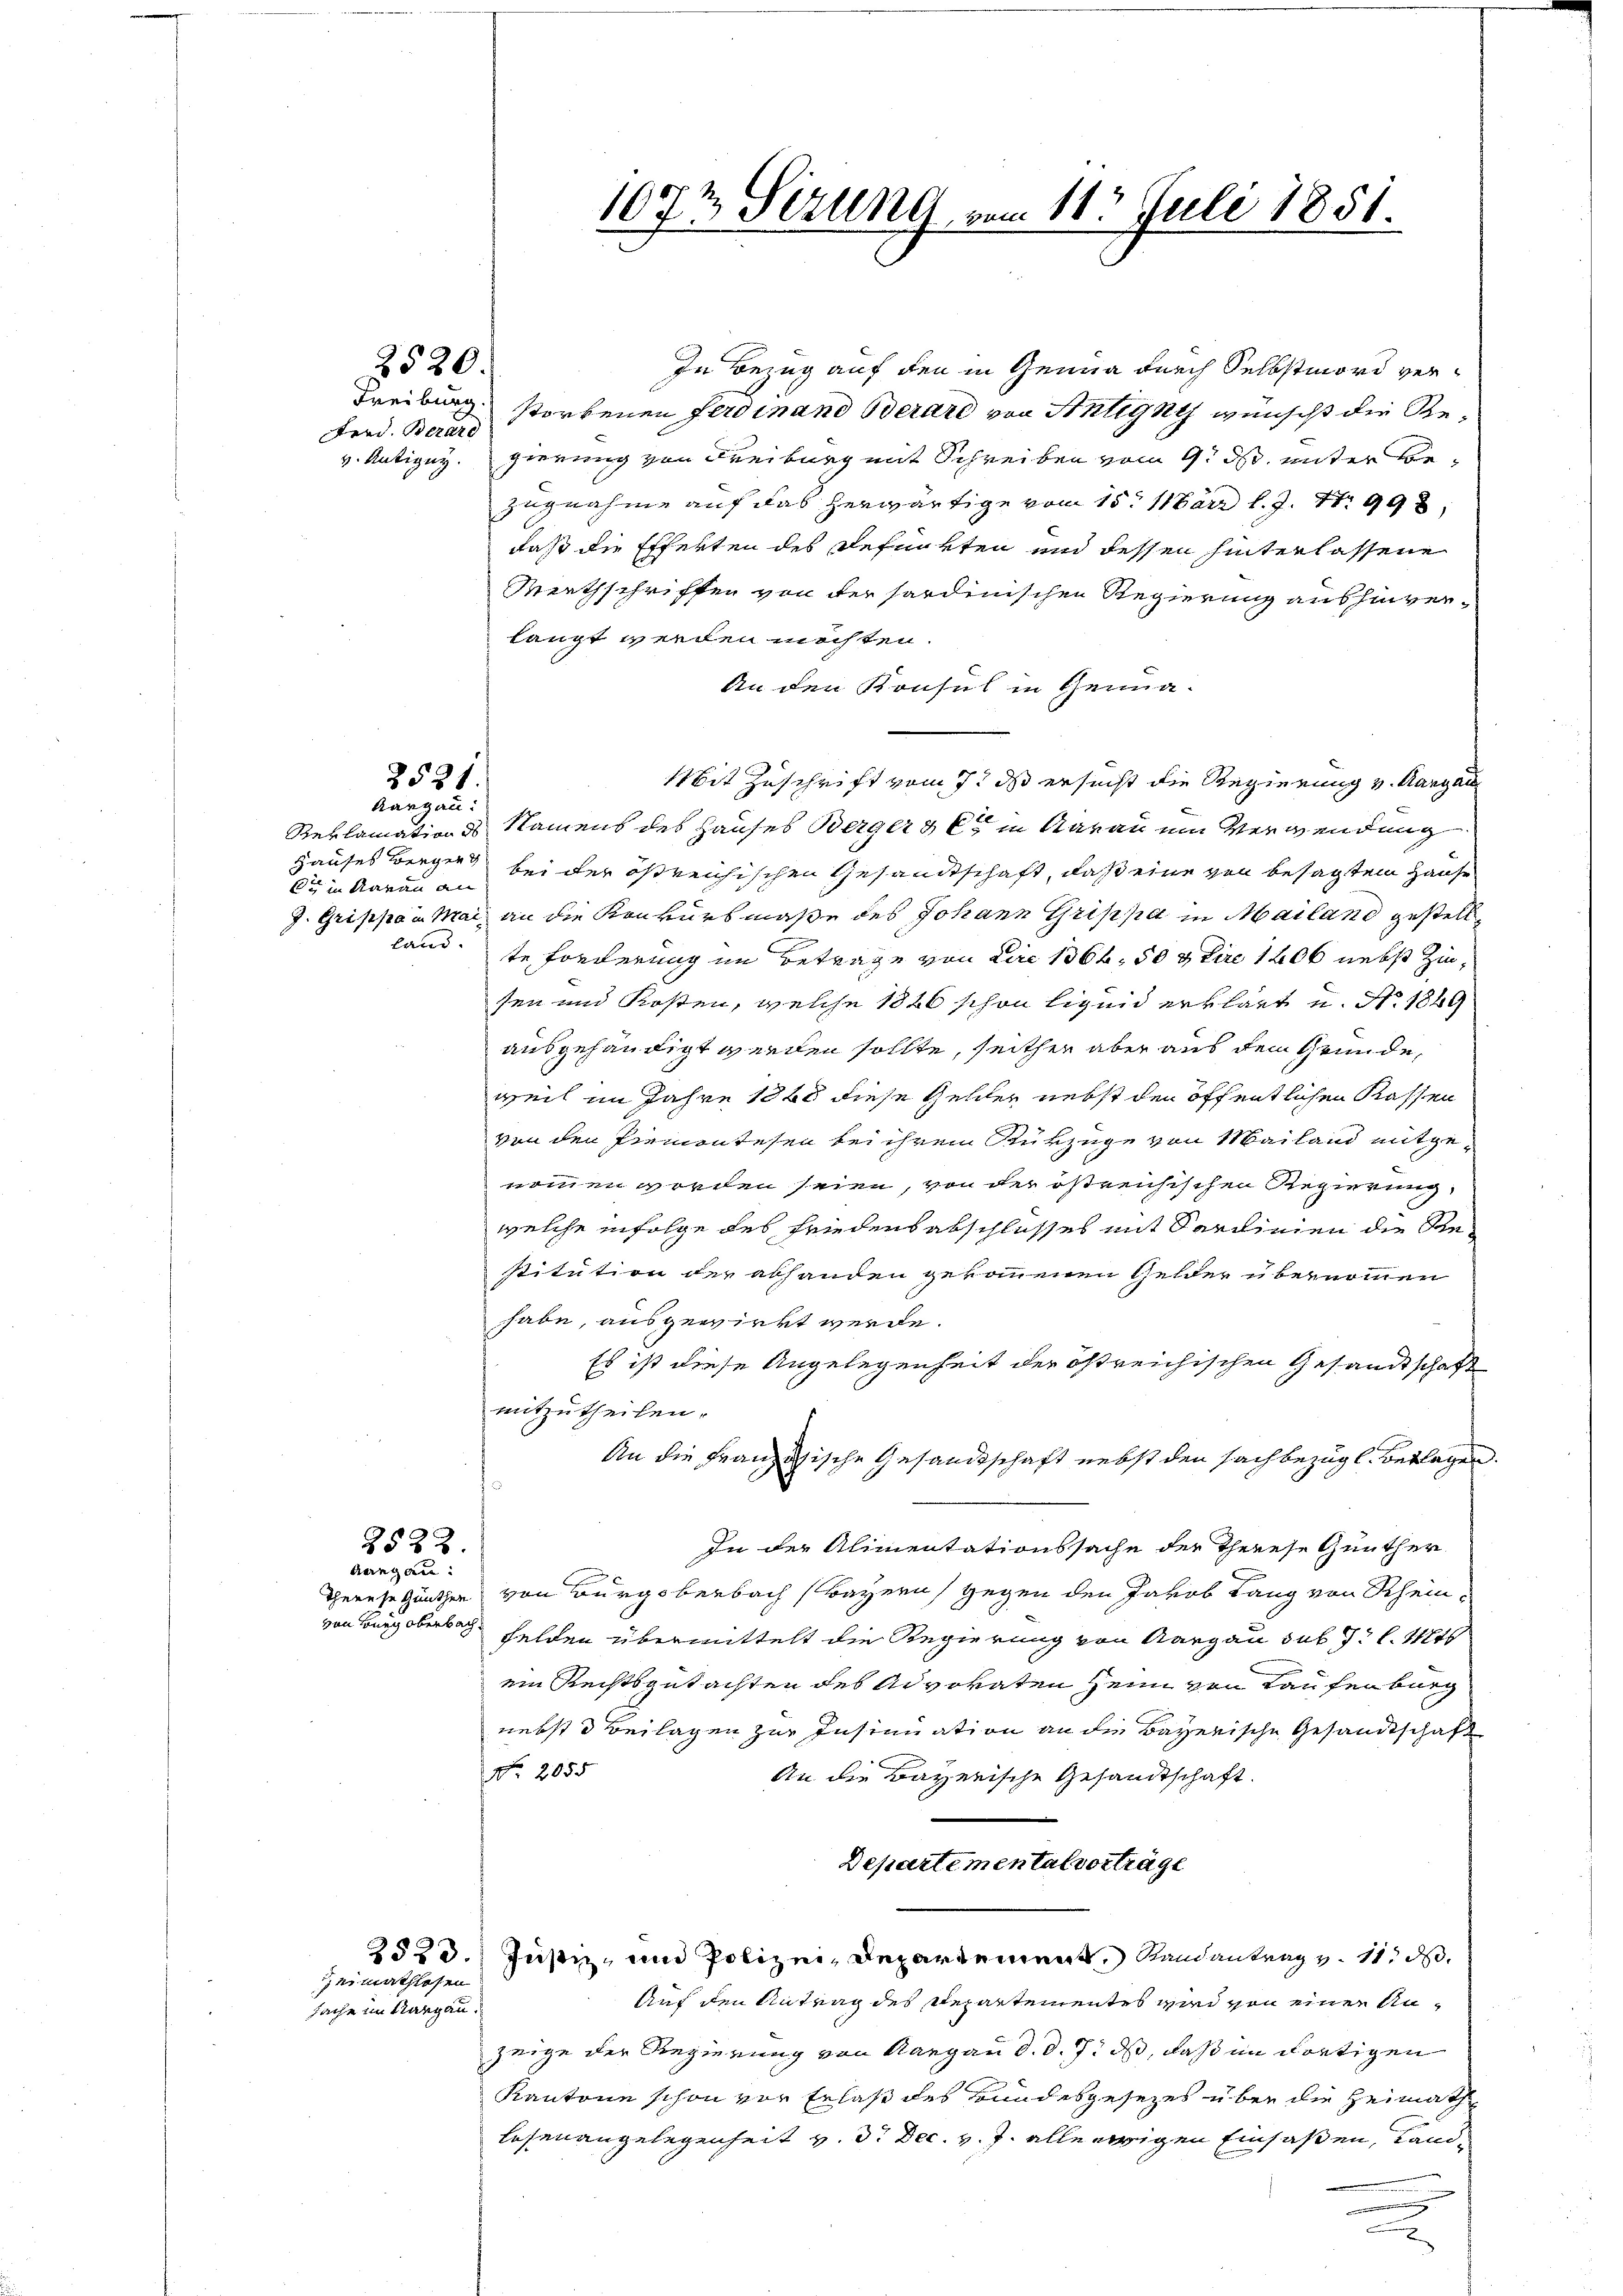
kt in daran an

Ferd. Berard

2522.
degan
von Burg Oberbach.

2520.

2521.
Rargau:

In Bezug auf den in Genua durch Selbstmord ver¬
Freiburg storbenen Ferdinand Berare von Antigny wünscht die Rev. Antigny. gierung von Freiburg mit Schreiben vom 9. ds. unter Bezugnahme auf das herwärtige vom 15. März l. J. St. 998,
daß die Effekten des Befunkten und dessen hinterlassene
Wirthschriffen von der sardinischen Regierung aushinver-
langt werden möchten.
An den Konsul in Genua-
Mit Zuschrift vom 7. ds ersucht die Regierung v. Aargau
Reklamation Namens des Hauses Berger & es in Aarau ein Verwendung
Hauses Berger bei der östreichischen Gesandtschaft, daß eine von besagtem Hause
J. Grippa. Mai an die Konkursmaße des Johann Grippe in Mailand gestelllandte Forderung im Betrage von die 1366, 50 & Lire 1806 nebst Zinsen und Kosten, welche 1846 schon liquid erklärt u. Nr. 1849
ausgehändigt werden sollte, seither aber aus dem Gründe,
weil im Jahre 1868 diese Gelder nebst den öffentlichen Kassen
von den Piemontesen bei ihrem Rükzuge von Mailand mitgenommen worden seien, von der östreichischen Regierung
welche infolge des Friedens abschlusses mit Sardinien die Restitution der abhanden gekommenen Gelder übernommen
habe, ausgewirkt werde.
Es ist diese Angelegenheit der östreichischen Gesandtschaft
mitzutheilen.
An die Französische Gesandtschaft nebst den sachbezug l. Beklagen.
In der Alimentationssache der Therese Günther
Therese Günthen von Burgoberbach Bayern gegen den Jakob Lang von Schein¬
Felden übermittelt die Regierung von Aargau sub 7 l. Mts
ein Rechtsgutachten des Advokaten Heim von Laufenburg
nebst d Beilagen zur Insinuation an die Bayerische Gesandtschaft
No. 2055
An die Bayerische Gesandtschaft.
Departementalvorträge
2523. Justiz, und Polizei, Departement, Randantrag v. 11. d.
Auf den Antrag des Repartementes wird von einer Anzeige der Regierung von Aargau d. d. 7. ds, daß im dortigen
Kantone schon vor Erlaß des Bundesgesezes über die Heimath
lesenangelegenheit v. d. Dec. v. J. alle ewigen Einsassen, dami
.

eimathlosen
Sache im Sargau.

1072 Sirung, vom 11. Juli 1851.